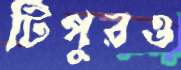
টিপুরও